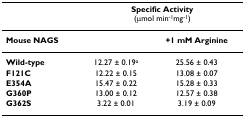
<table><thead><tr><td></td><td colspan="2"><b>Specific Activity (μmol min<sup>-1</sup>mg<sup>-1</sup>)</b></td></tr></thead><tbody><tr><td><b>Mouse NAGS</b></td><td></td><td><b>+1 mM Arginine</b></td></tr><tr><td><b>Wild-type</b></td><td>12.27 ± 0.19<sup>a</sup></td><td>25.56 ± 0.43</td></tr><tr><td><b>F121C</b></td><td>12.22 ± 0.15</td><td>13.08 ± 0.07</td></tr><tr><td><b>E354A</b></td><td>15.47 ± 0.22</td><td>15.28 ± 0.33</td></tr><tr><td><b>G360P</b></td><td>13.00 ± 0.12</td><td>12.57 ± 0.38</td></tr><tr><td><b>G362S</b></td><td>3.22 ± 0.01</td><td>3.19 ± 0.09</td></tr></tbody></table>